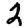
Digit: 2